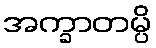
အက္ခာတမ္ပိ